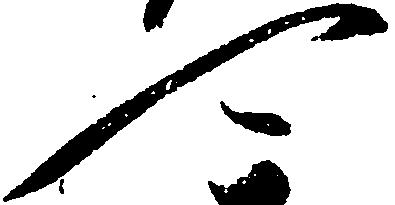
可